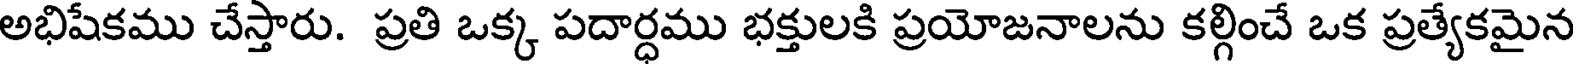
అభిషేకము చేస్తారు. ప్రతి ఒక్క పదార్ధము భక్తులకి ప్రయోజనాలను కల్గించే ఒక ప్రత్యేకమైన